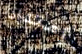
إمتداد